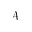
\mathcal { A }